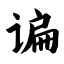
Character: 谝